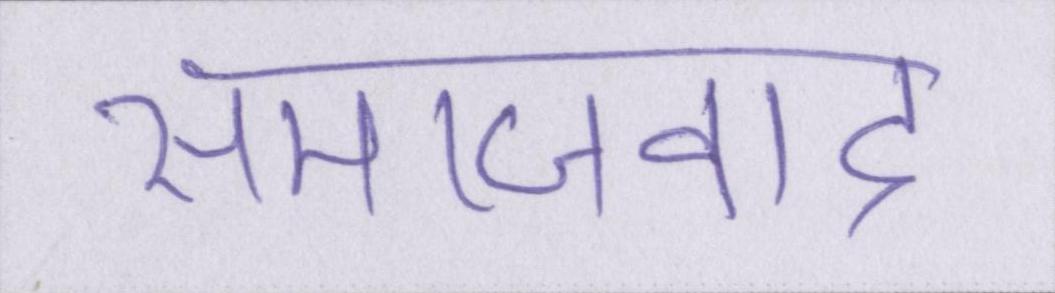
समाजवाद